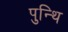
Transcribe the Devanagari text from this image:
पुन्थि